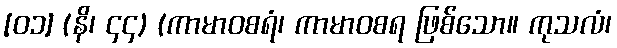
[၀၁] (နိ၊ ၄၄) (ကာမာဝစရံ၊ ကာမာဝစရ ဖြစ်သော။ ကုသလံ၊